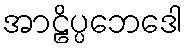
အာဠိပ္ပဘေဒေါ